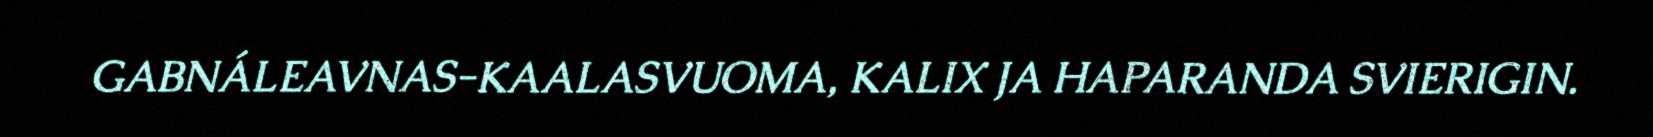
GABNÁLEAVNAS-KAALASVUOMA, KALIX JA HAPARANDA SVIERIGIN.